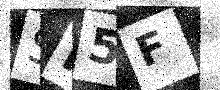
Text: SF5F